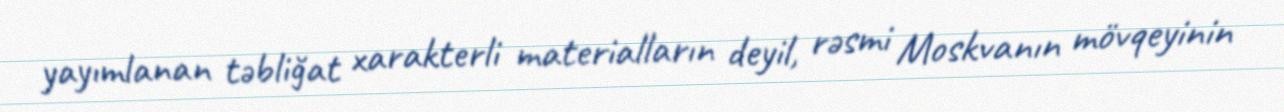
yayımlanan təbliğat xarakterli materialların deyil, rəsmi Moskvanın mövqeyinin